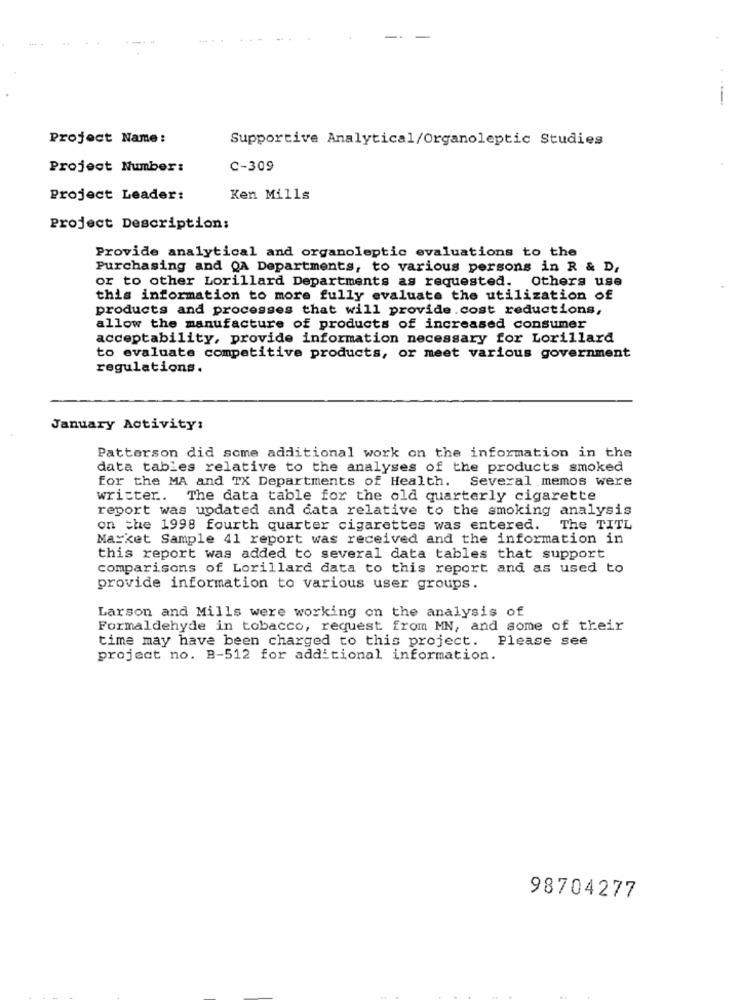
Project Name:
Supportive Analytical/Organoleptic Studies
Project Number:
C-309
Project Leader:
Ken Mills
Project Description:
Provide analytical and organoleptic evaluations to the
Purchasing and QA Departments, to various persons in R & D.
or to other Lorillard Departments as requested. Others use
this information to more fully evaluate the utilization of
products and processes that will provide.cost reductions,
allow the manufacture of products of increased consumer
acceptability, provide information necessary for Lorillard
to evaluate competitive products, or meet various government
regulations.
January Activity:
Patterson did some additional work on the information in the
data tables relative to the analyses of the products smoked
for the MA and TX Departments of Health. Several memos were
writter. The data table for the old quarterly cigarette
report was updated and data relative to the smoking analysis
on the 1998 fourth quarter cigarettes was entered.
The TITL
Market Sample 41 report was received and the information in
this report was added to several data tables that support
comparisons of Lorillard data to this report and as used to
provide information to various user groups.
Larson and Mills were working on the analysis of
Formaldehyde in tobacco, request from MN, and some of their
time may have been charged to this project. Please see
project no. B-512 for additional information.
98704277